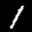
Label: 1